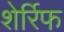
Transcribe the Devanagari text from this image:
शेर्रिफ